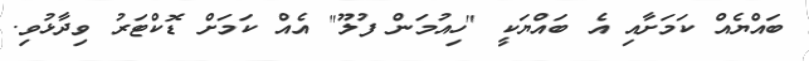
ބައްޔެއް ކަމަށާއި އެ ބައްޔަކީ "ހިއުމަން ފުލޫ" އެއް ކަމަށް ޑޮކްޓަރު ވިދާޅުވި.